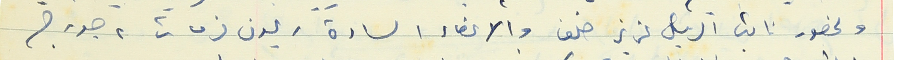
وبحضور نائب الرئيس عزيز خلف والاعضاء السادة ريمون فرحات ، جورج